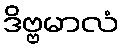
ဒိဗ္ဗမာလံ